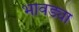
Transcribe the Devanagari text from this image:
भावड्या